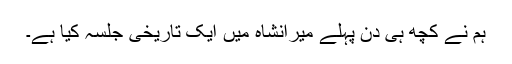
ہم نے کچھ ہی دن پہلے میرانشاہ میں ایک تاریخی جلسہ کیا ہے۔